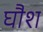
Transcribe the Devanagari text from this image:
घौश